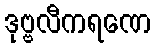
ဒုဗ္ဗလီကရဏေ